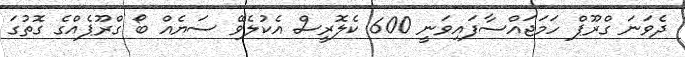
ދެވަނަ ގްރޫޕް ހަމަޖައްސާފައިވަނީ 600 ކެލޮރީސް އެކުލެވޭ ސަޔެއް ބޯ ގްރޫޕެއްގެ ގޮތުގަ